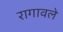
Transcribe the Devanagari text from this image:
रागावले